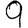
Digit: 9